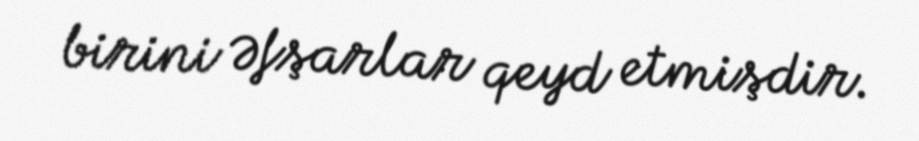
birini Əfşarlar qeyd etmişdir.